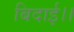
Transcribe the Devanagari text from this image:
बिदाई।।